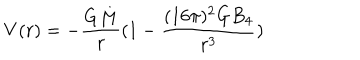
V ( r ) = - { \frac { G M } { r } } ( 1 - { \frac { ( 1 6 \pi ) ^ { 2 } G B _ { 4 } } { r ^ { 3 } } } )